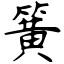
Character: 簧